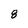
Character: 8